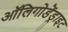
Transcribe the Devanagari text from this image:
ऑलिगोडेंड्राइट